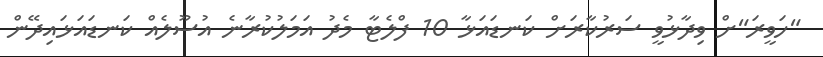
"ހަވީރަ"ށް ވިދާޅުވީ ސަރުކާރަށް ކަނޑައަޅާ 10 ފްލެޓާ މެދު އަމަލުކުރާނެ އުސޫލެއް ކަނޑައަޅައިދޭން